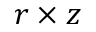
r \times z